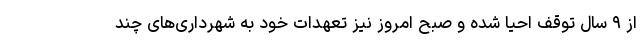
از ۹ سال توقف احیا شده و صبح امروز نیز تعهدات خود به شهرداری‌های چند